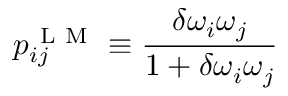
p _ { i j } ^ { \mathrm { ~ L ~ M ~ } } \equiv \frac { \delta \omega _ { i } \omega _ { j } } { 1 + \delta \omega _ { i } \omega _ { j } }